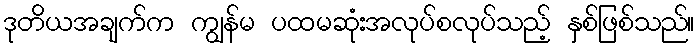
ဒုတိယအချက်က ကျွန်မ ပထမဆုံးအလုပ်စလုပ်သည့် နှစ်ဖြစ်သည်။